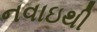
નવાઇથી